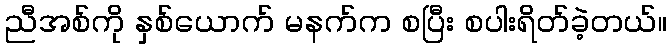
ညီအစ်ကို နှစ်ယောက် မနက်က စပြီး စပါးရိတ်ခဲ့တယ်။